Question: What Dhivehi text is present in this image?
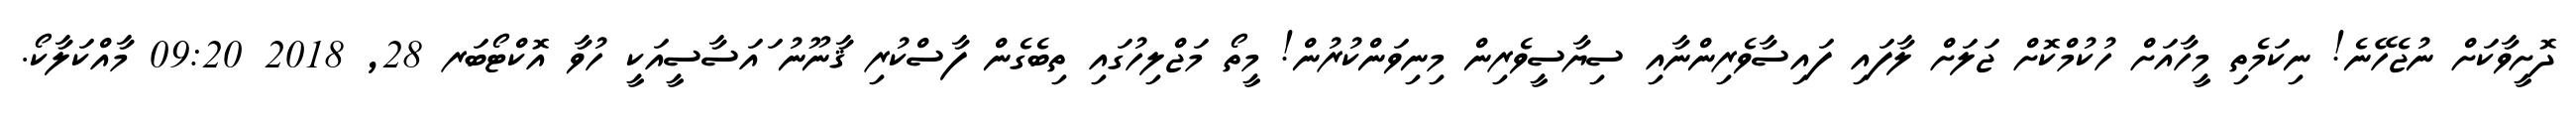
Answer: ދޮށީވާކަށް ނުޖެހޭނެ! ނިކަމެތި މީހާއަށް ހުކުމްކޮށް ޖަލަށް ލާފައި ފައިސާވެރިންނާއި ސިޔާސީވެރިން މިނިވަންކުރުން! މީތޯ މަޖްލިހުގައި ތިބެގެން ފާސްކުރި ޤާނޫނު ައަސާސީއަކީ ހުވާ އޮކްޓޯބަރ 28, 2018 09:20 މާއްކަލާކޯ.